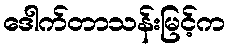
ဒေါက်တာသန်းမြင့်က